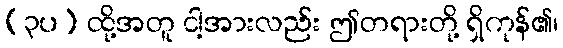
(၃ပ) ထို့အတူ ငါ့အားလည်း ဤတရားတို့ ရှိကုန်၏၊